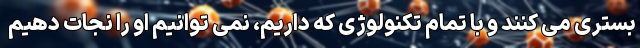
بستری می کنند و با تمام تکنولوژی که داریم، نمی توانیم او را نجات دهیم